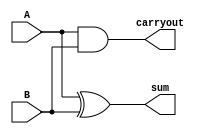
`timescale 1ns/1ns
module halfadd (A,B,carryout,sum);
input  A, B;
output carryout, sum;
  assign carryout = A&B;
  xor(sum, A, B);
endmodule

module fulladd(A, B, carryoutFA, carryin, sum);
input A, B, carryin;
output sum, carryoutFA;
   assign sum = A^B^carryin;
   assign carryoutFA = (A&B)|(A&carryin)|(B&carryin);
endmodule

module mainmod(halfadd_input, sum, out_sum);
   input [7:0] halfadd_input;
   output [2:0] sum;
   
   wire [2:0] fulladd2_cout;
   output [3:0] out_sum;
   wire [3:0] halfadd_cout, halfadd_sum, fulladd_cout, fulladd_sum;
// change this to a for loop when done
   halfadd HA0  (halfadd_input[0], halfadd_input[1], halfadd_cout[0], halfadd_sum[0]);

   halfadd HA1  (halfadd_input[2], halfadd_input[3], halfadd_cout[1], halfadd_sum[1]);

   halfadd HA2  (halfadd_input[4], halfadd_input[5], halfadd_cout[2], halfadd_sum[2]);

   halfadd HA3  (halfadd_input[6], halfadd_input[7], halfadd_cout[3], halfadd_sum[3]);

   fulladd FA0  (halfadd_sum[0],   halfadd_sum[1],   fulladd_cout[0], 1'b0, fulladd_sum[0]);
   fulladd FA1  (halfadd_cout[0],  halfadd_cout[1],  fulladd_cout[1], fulladd_cout[0], fulladd_sum[1]);
   fulladd FA2  (halfadd_sum[2],   halfadd_sum[3],   fulladd_cout[2], 1'b0, fulladd_sum[2]);
   fulladd FA3  (halfadd_cout[2],  halfadd_cout[3],  fulladd_cout[3], fulladd_cout[2], fulladd_sum[3]);

   fulladd F3B0 (fulladd_sum[0],   fulladd_sum[2], fulladd2_cout[0], 1'b0, sum[0]);
   fulladd F3B1 (fulladd_sum[1],   fulladd_sum[3], fulladd2_cout[1], fulladd2_cout[0], sum[1]);
   fulladd F3B2 (fulladd_cout[1],  fulladd_cout[3],fulladd2_cout[2], fulladd2_cout[1], sum[2]);

   assign out_sum = {fulladd2_cout[2],sum};   

endmodule